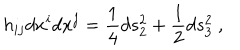
LaTeX: h _ { i j } d x ^ { i } d x ^ { j } = { \frac { 1 } { 4 } } d s _ { 2 } ^ { 2 } + { \frac { 1 } { 2 } } d s _ { 3 } ^ { 2 } \ ,